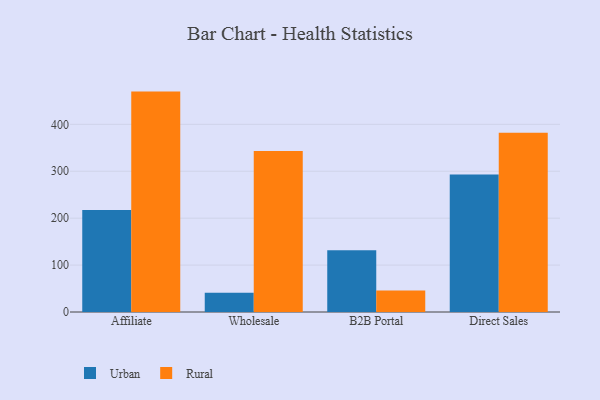
{"axis": {"x": "Channel", "y": "Waste Production (Tons)"}, "legend": ["Rural", "Urban"], "data": [{"x": "Affiliate", "y": 217.4, "type": "Urban"}, {"x": "Affiliate", "y": 469.8, "type": "Rural"}, {"x": "Wholesale", "y": 41.0, "type": "Urban"}, {"x": "Wholesale", "y": 343.3, "type": "Rural"}, {"x": "B2B Portal", "y": 131.5, "type": "Urban"}, {"x": "B2B Portal", "y": 46.0, "type": "Rural"}, {"x": "Direct Sales", "y": 293.3, "type": "Urban"}, {"x": "Direct Sales", "y": 382.1, "type": "Rural"}]}